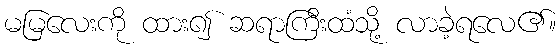
မမြလေးကို ထား၍ ဆရာကြီးထံသို့ လာခဲ့ရလေ၏။